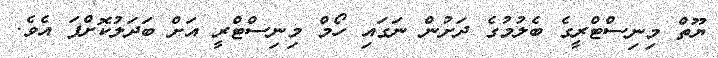
ޔޫތް މިނިސްޓްރީގެ ބެލުމުގެ ދަށުން ނަގައި ހޯމް މިނިސްޓްރީ އަށް ބަދަލުކޮށްފަ އެވެ.